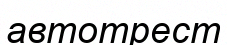
автотрест